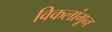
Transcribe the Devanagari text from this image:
विकलांगून